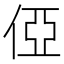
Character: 俹